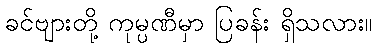
ခင်ဗျားတို့ ကုမ္ပဏီမှာ ပြခန်း ရှိသလား။